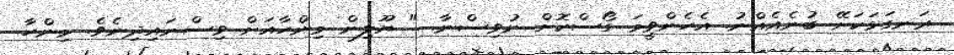
ރަނގަޅަކަށޭ ބުނެއެއްނު. އެހެންވީމަ ގޯސްކޮށް ނުވިސްނާ. " ޔޫލިން މިންހާއަށް ވިސްނައިދިނެވެ. މިންހާ